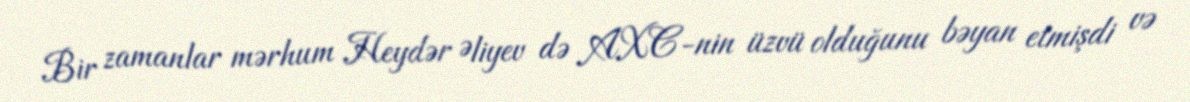
Bir zamanlar mərhum Heydər Əliyev də AXC-nin üzvü olduğunu bəyan etmişdi və